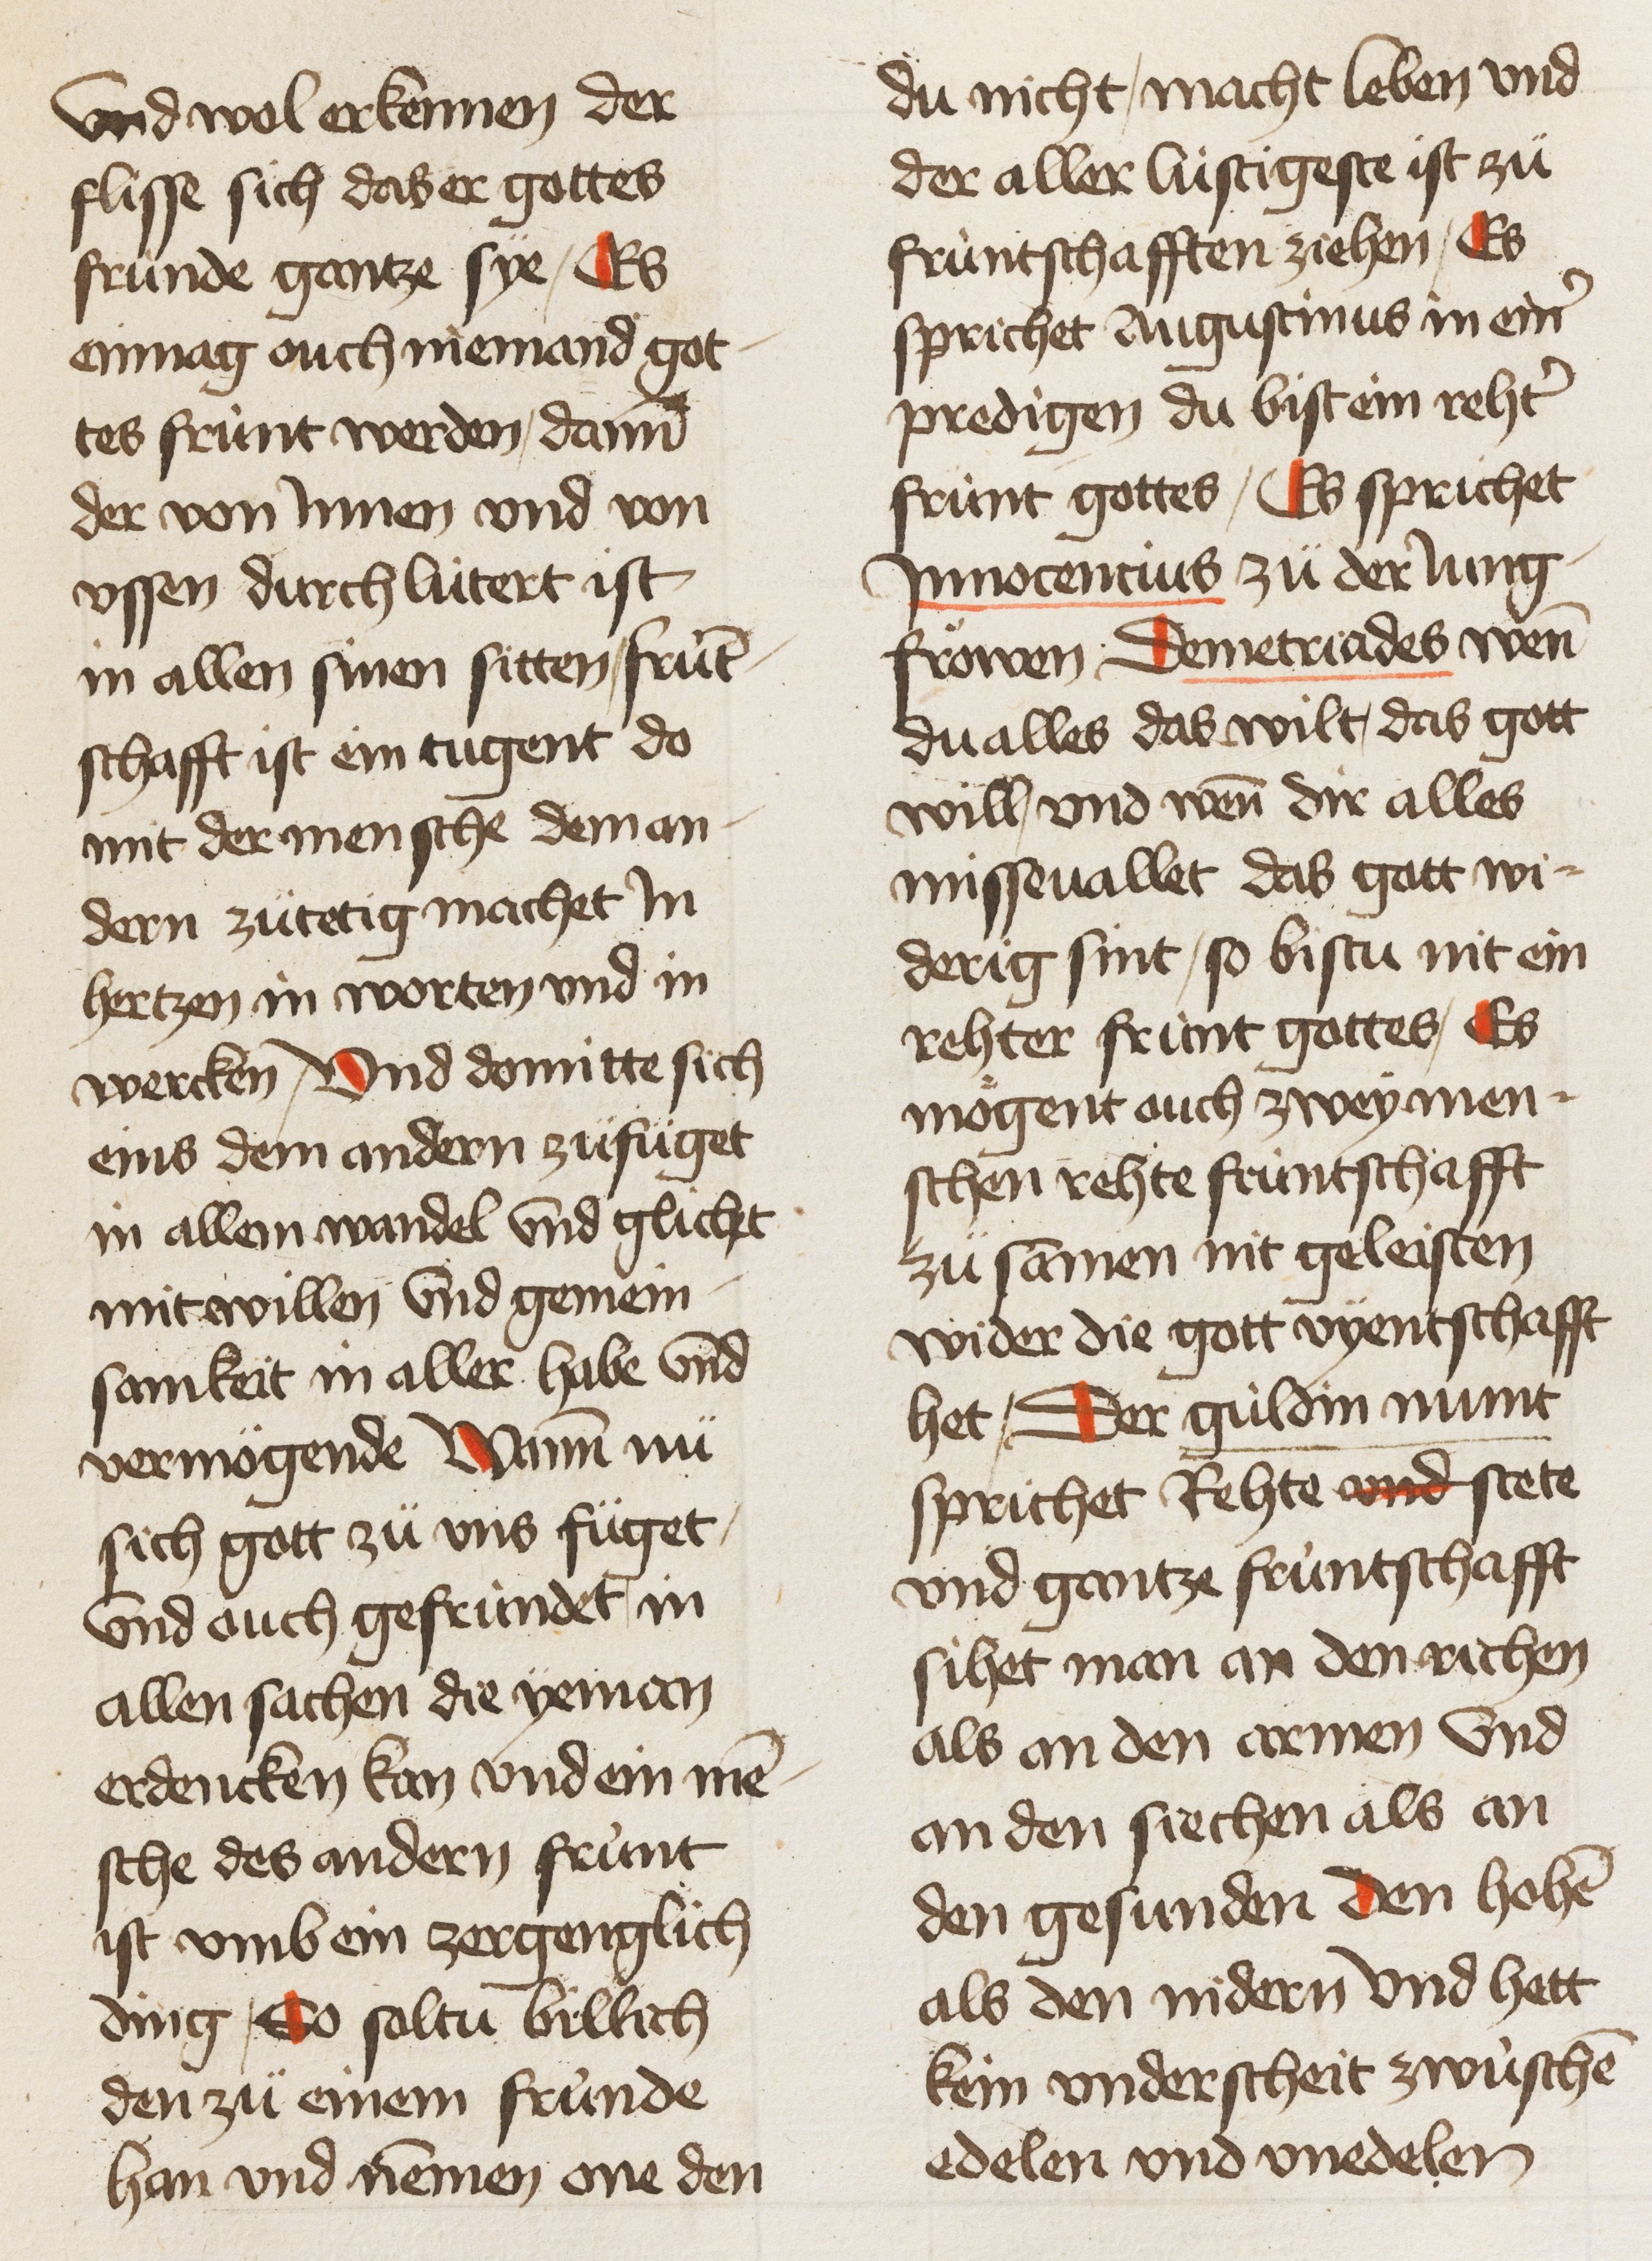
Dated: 1450–1499